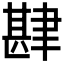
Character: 𮌅